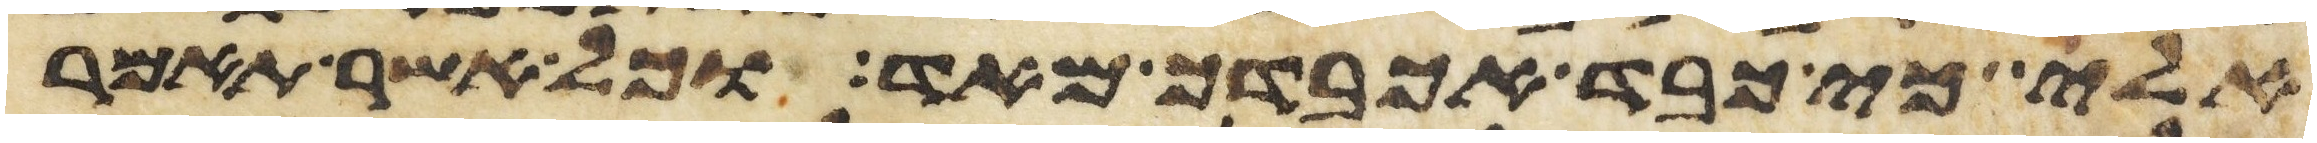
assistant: אלי כי כבד אכבדך מאד וכל אשר תאמר